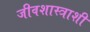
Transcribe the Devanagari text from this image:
जीवशास्त्राशी